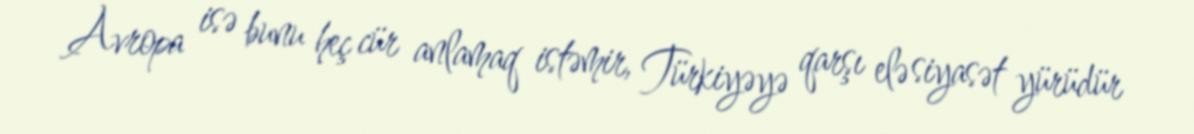
Avropa isə bunu heç cür anlamaq istəmir, Türkiyəyə qarşı elə siyasət yürüdür